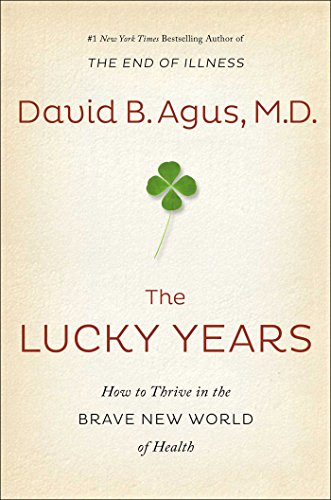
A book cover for The Lucky Years: How to Thrive in the Brave New World of Health; David B. Agus M.D.; Health, Fitness & Dieting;